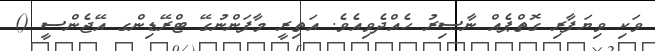
ވަކި ވިޔަފާރި ގޮތްޕެއް ނާޞިރު ހެއްދެވިއެވެ. އަތިރީ މާފަންނުގޭ ޓްރޭޑިންގ އޭޖެންސީ ()